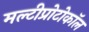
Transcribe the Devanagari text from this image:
मल्टीप्रोटोकॉल